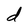
Character: d